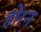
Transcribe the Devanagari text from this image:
होरन